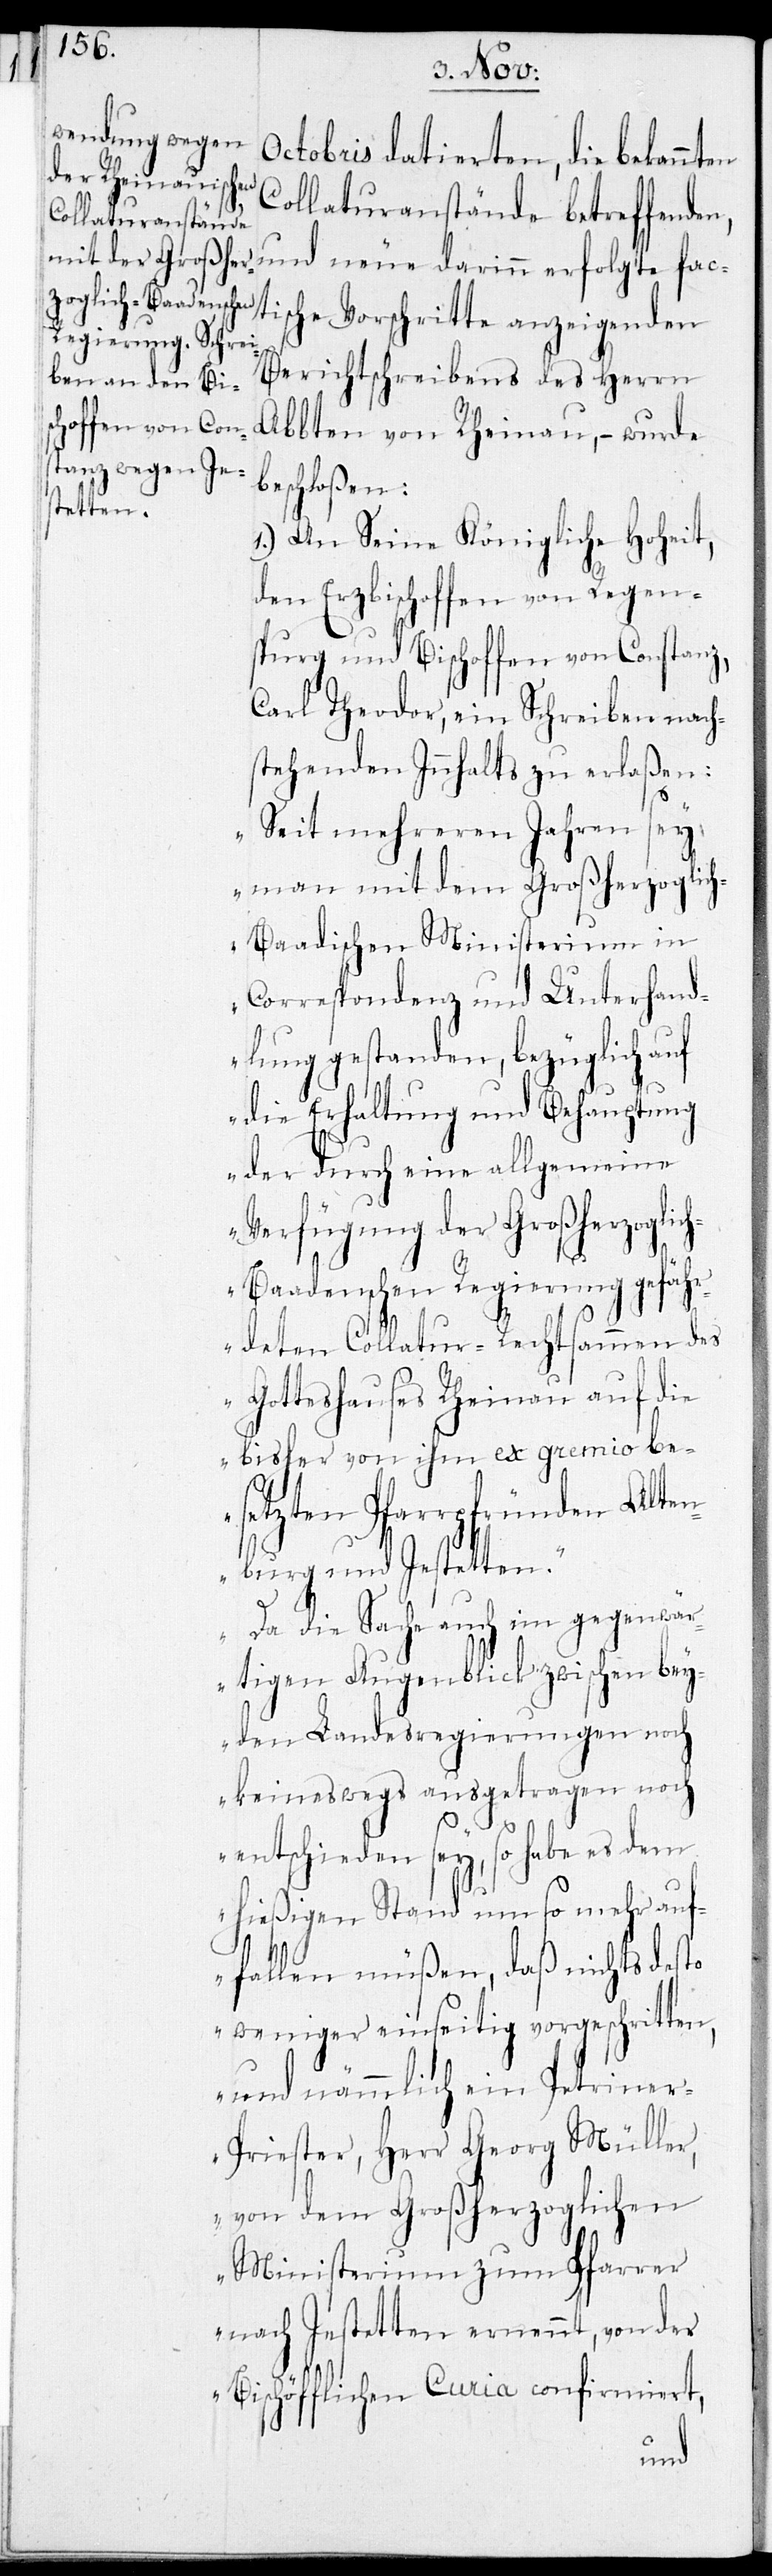
Octobris datierten, die bekannten
Collaturanstände betreffenden
ische Vorschritte anzeigenden
Berichtschreibens des Herrn
Abbten von Rheinau, – wurde
beschloßen:
1.) An Seine königliche Hoheit,
den Erzbischoffen von Regen¬
sburg und Bischoffen von Constanz,
Carl Theodor, ein Schreiben nach¬
stehenden Innhalts zu erlaßen:
„Seit mehreren Jahren sey
man mit dem Großherzoglic¬
h-Baadischen Ministerium in
Korrespondenz und Unterhand¬
lung gestanden, bezüglich auf
die Erhaltung und Behauptung
der durch eine allgemeine
Verfügung der Großherzoglic¬
h-Baadenschen Regierung gefäh¬
rdeten Collatur-Rechtsamen des
Gotteshauses Rheinau auf die
bisher von ihm ex gremio be¬
setzten Pfarrpfründe Alten¬
burg und Jestetten.
Da die Sache auch im gegenwä¬
rtigen Augenblick zwischen bey¬
den Landesregierung noch
keineswegs ausgetragen noch
entschieden sey, so habe es dem
hießigen Stand um so mehr auf¬
fallen müßen, daß nichts desto
weniger einseitig vorgeschritten,
und nämmlich ein Petrine¬
r-Priester, Herr Georg Müller,
von dem Großherzoglichen
Ministerium zum Pfarrer
nach Jestetten ernennt, von der
Bischöfflichen Curia confirmiert,
fact¬